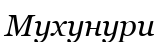
Мухунури